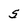
Character: 5